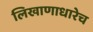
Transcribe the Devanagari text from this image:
लिखाणाधारेच